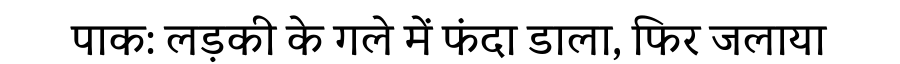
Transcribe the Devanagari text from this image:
पाक: लड़की के गले में फंदा डाला, फिर जलाया